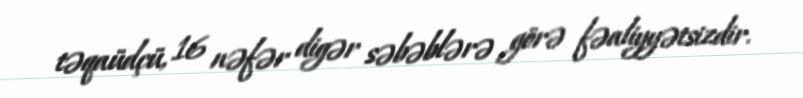
təqaüdçü, 16 nəfər digər səbəblərə görə fəaliyyətsizdir.